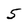
Character: 5